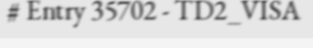
# Entry 35702 - TD2_VISA